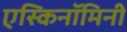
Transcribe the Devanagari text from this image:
एस्किनॉमिनी